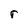
Character: r